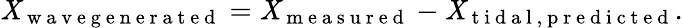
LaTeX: \mathit{X}_{\mathrm{{~w~a~v~e~g~e~n~e~r~a~t~e~d~}}}=\mathit{X}_{\mathrm{{~m~e~a~s~u~r~e~d~}}}-\mathit{X}_{\mathrm{{~t~i~d~a~l~,~p~r~e~d~i~c~t~e~d~}}}.